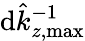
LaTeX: \mathrm{d}\hat{{k}}_{z,\mathrm{{max}}}^{-1}